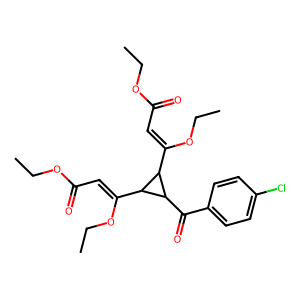
SMILES: CCOC(=O)C=C(OCC)C1C(C(=O)c2ccc(Cl)cc2)C1C(=CC(=O)OCC)OCC
Inhibits HIV replication: No